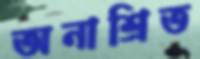
অনাশ্রিত